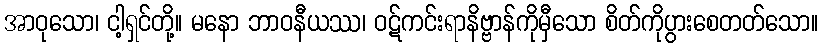
အာဝုသော၊ ငါ့ရှင်တို့။ မနော ဘာဝနီယဿ၊ ဝဋ်ကင်းရာနိဗ္ဗာန်ကိုမှီသော စိတ်ကိုပွားစေတတ်သော။